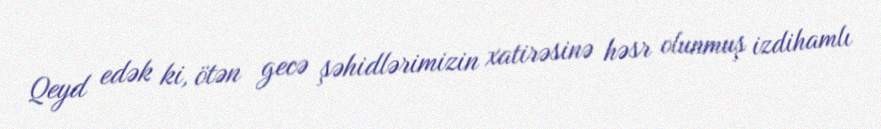
Qeyd edək ki, ötən gecə şəhidlərimizin xatirəsinə həsr olunmuş izdihamlı